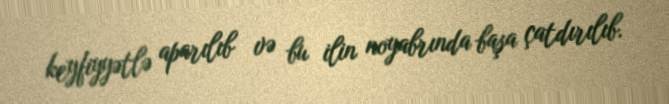
keyfiyyətlə aparılıb və bu ilin noyabrında başa çatdırılıb.